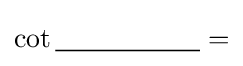
\cot {\underline {\;~~~~~~~~~~~~~~\;}}=